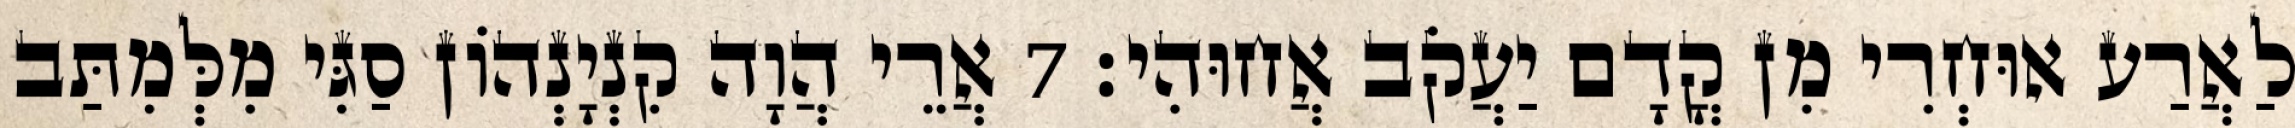
לַאֲרַע אוּחְרִי מִן קֳדָם יַעֲקֹב אֲחוּהִי׃ 7 אֲרֵי הֲוָה קִנְיָנְהוֹן סַגִּי מִלְּמִתַּב